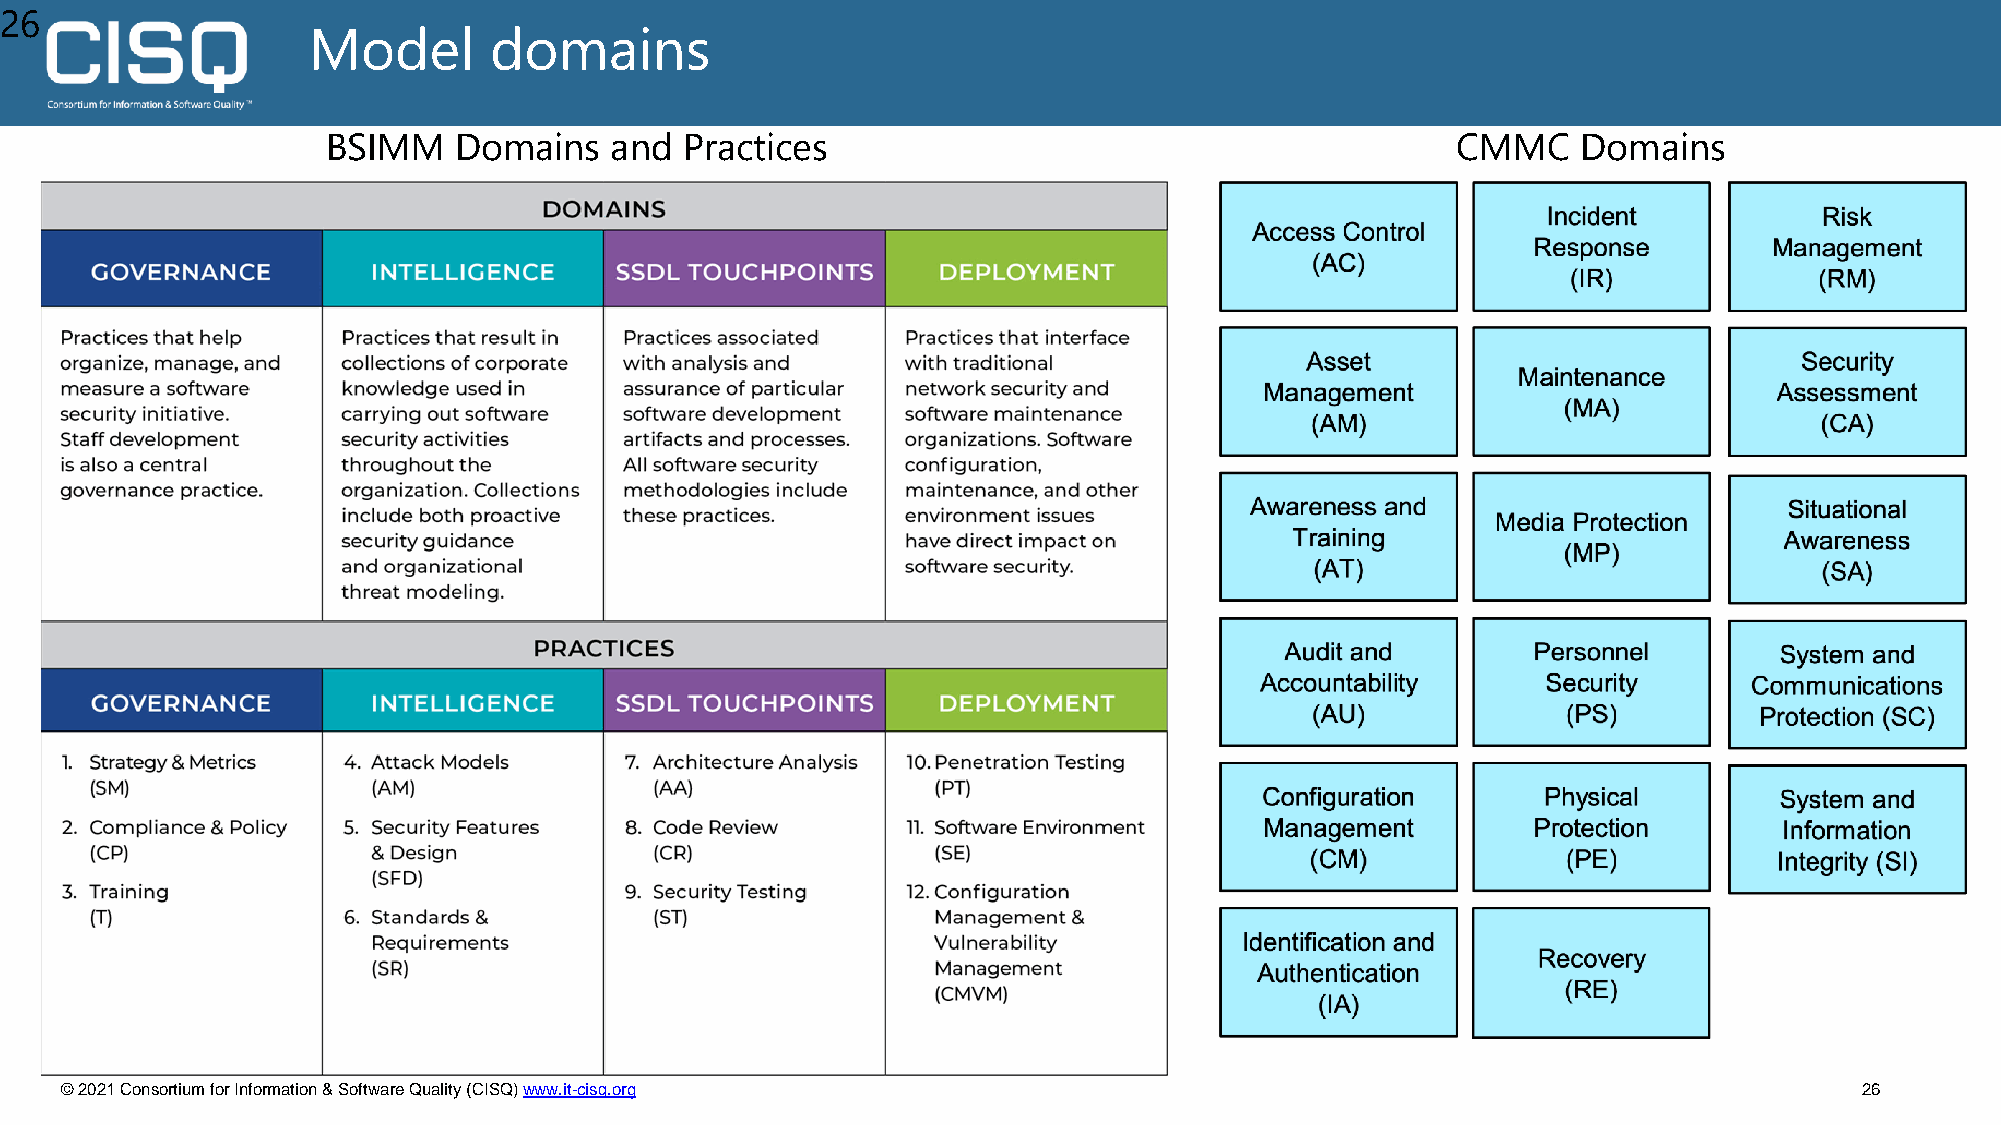
26
 Model       domains
 BSIMM   Domains   and  Practices                                          CMMC     Domains
 © 2021 Consortium for Information & Software Quality (CISQ) www.it-cisq.org                                            26